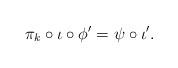
LaTeX: \begin{align*} \pi_k\circ\iota\circ\phi'=\psi\circ\iota'.\end{align*}